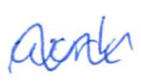
Text: work
Cross-out: wave
Writing tool: ballpoint